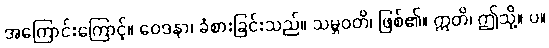
အကြောင်းကြောင့်။ ဝေဒနာ၊ ခံစားခြင်းသည်။ သမ္ဘဝတိ၊ ဖြစ်၏။ ဣတိ၊ ဤသို့။ ပ။